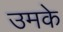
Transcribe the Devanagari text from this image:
उमके